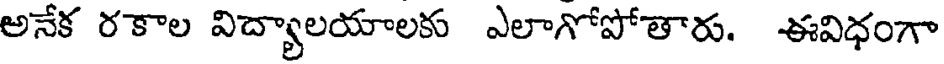
అనేక రకాల విద్యాలయాలకు ఎలాగోపోతారు. ఈవిధంగా